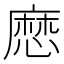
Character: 㦄